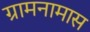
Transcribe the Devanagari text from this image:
ग्रामनामास